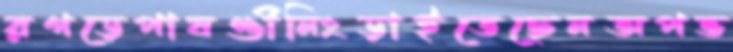
রগড়েপাষণ্ডীনিংড়াইতেছেনঅপভ